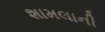
શામલાની